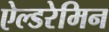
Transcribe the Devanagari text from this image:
ऐल्डरेमिन